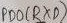
Text: PB0